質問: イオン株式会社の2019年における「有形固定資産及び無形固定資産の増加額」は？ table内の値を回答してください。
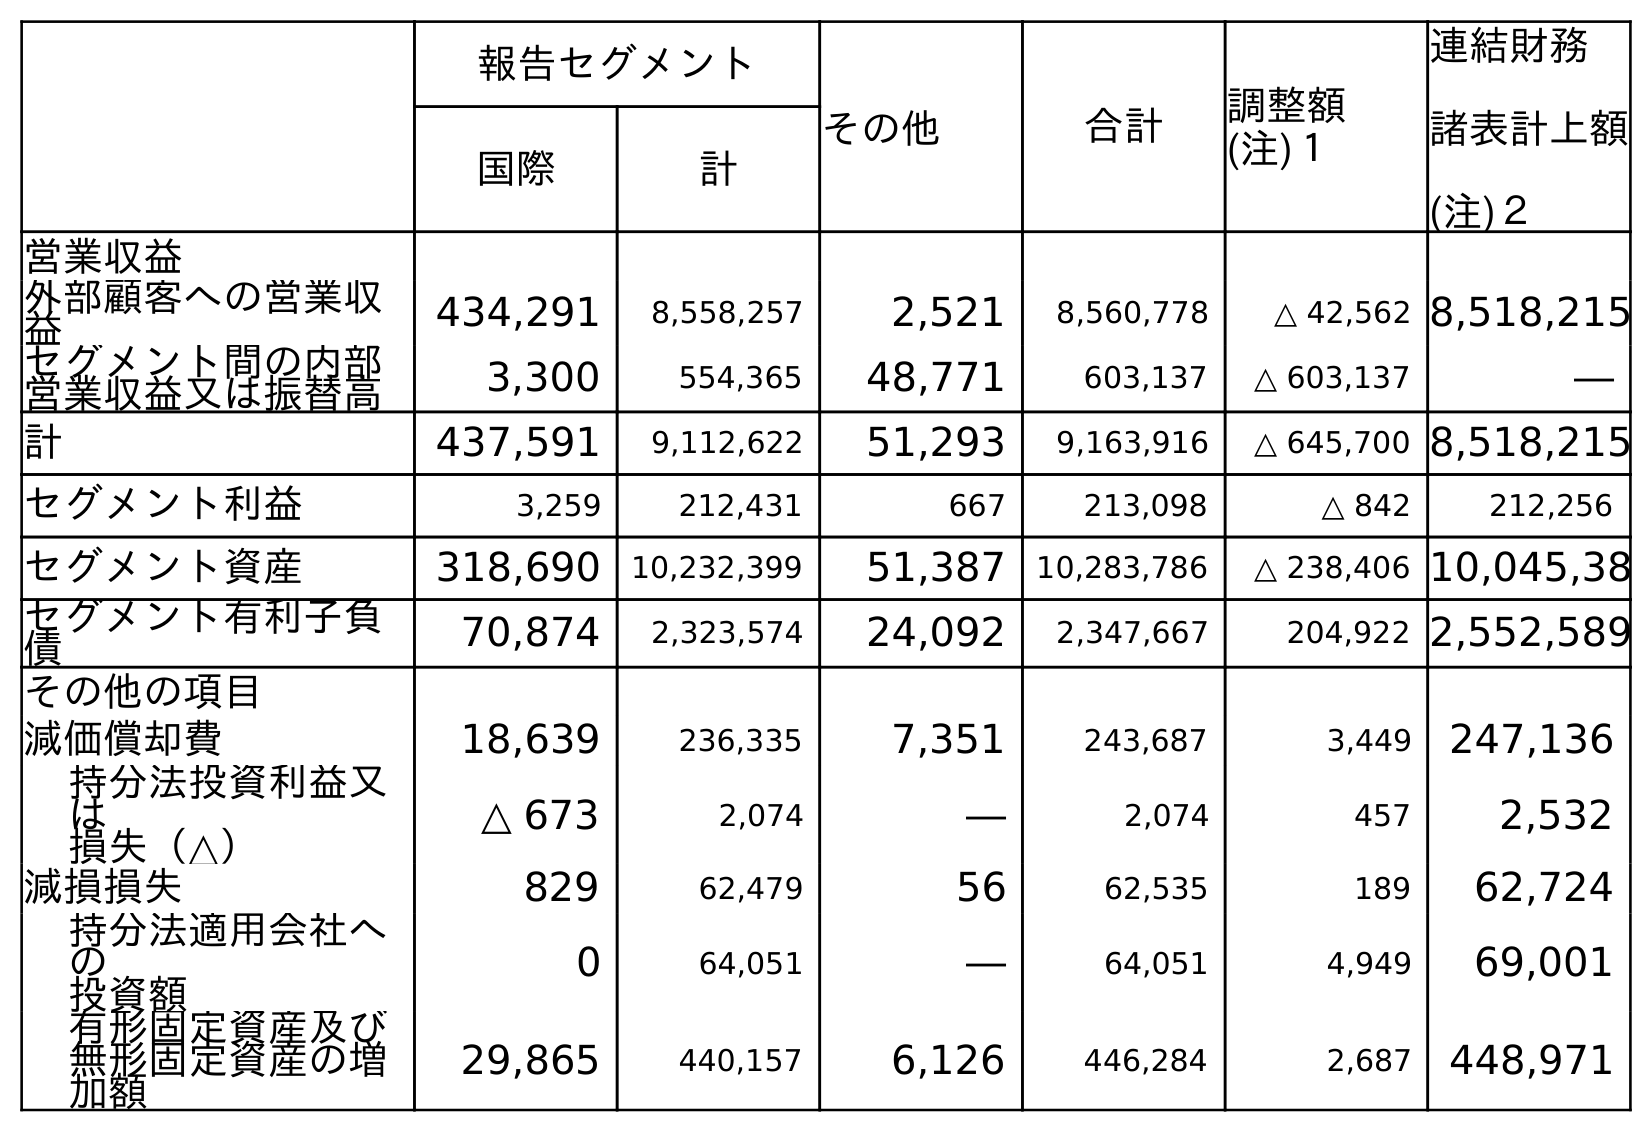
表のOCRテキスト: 報告セグメント その他 合計 調整額 (注)１ 連結財務 諸表計上額 (注)２ 国際 計 営業収益 外部顧客への営業収 益 434,291 8,558,257 2,521 8,560,778 △ 42,562 8,518,215 セグメント間の内部 営業収益又は振替高 3,300 554,365 48,771 603,137 △ 603,137 ― 計 437,591 9,112,622 51,293 9,163,916 △ 645,700 8,518,215 セグメント利益 3,259 212,431 667 213,098 △ 842 212,256 セグメント資産 318,690 10,232,399 51,387 10,283,786 △ 238,406 10,045,38 セグメント有利子負 債 70,874 2,323,574 24,092 2,347,667 204,922 2,552,589 その他の項目 減価償却費 18,639 236,335 7,351 243,687 3,449 247,136 持分法投資利益又 は 損失（△） △ 673 2,074 ― 2,074 457 2,532 減損損失 829 62,479 56 62,535 189 62,724 持分法適用会社へ の 投資額 0 64,051 ― 64,051 4,949 69,001 有形固定資産及び 無形固定資産の増 加額 29,865 440,157 6,126 446,284 2,687 448,971
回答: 448,971